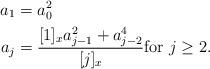
LaTeX: \begin{align*}a_1 &= a_0^2 \\a_j &=\frac{[1]_x a_{j-1}^2+a_{j-2}^4}{[j]_x} \mbox{for $j\geq2$.}\end{align*}